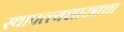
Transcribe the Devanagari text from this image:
स्थापत्त्यशास्त्राचा